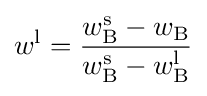
w^{\rm {l}}={\frac {w_{\rm {B}}^{\rm {s}}-w_{\rm {B}}}{w_{\rm {B}}^{\rm {s}}-w_{\rm {B}}^{\rm {l}}}}